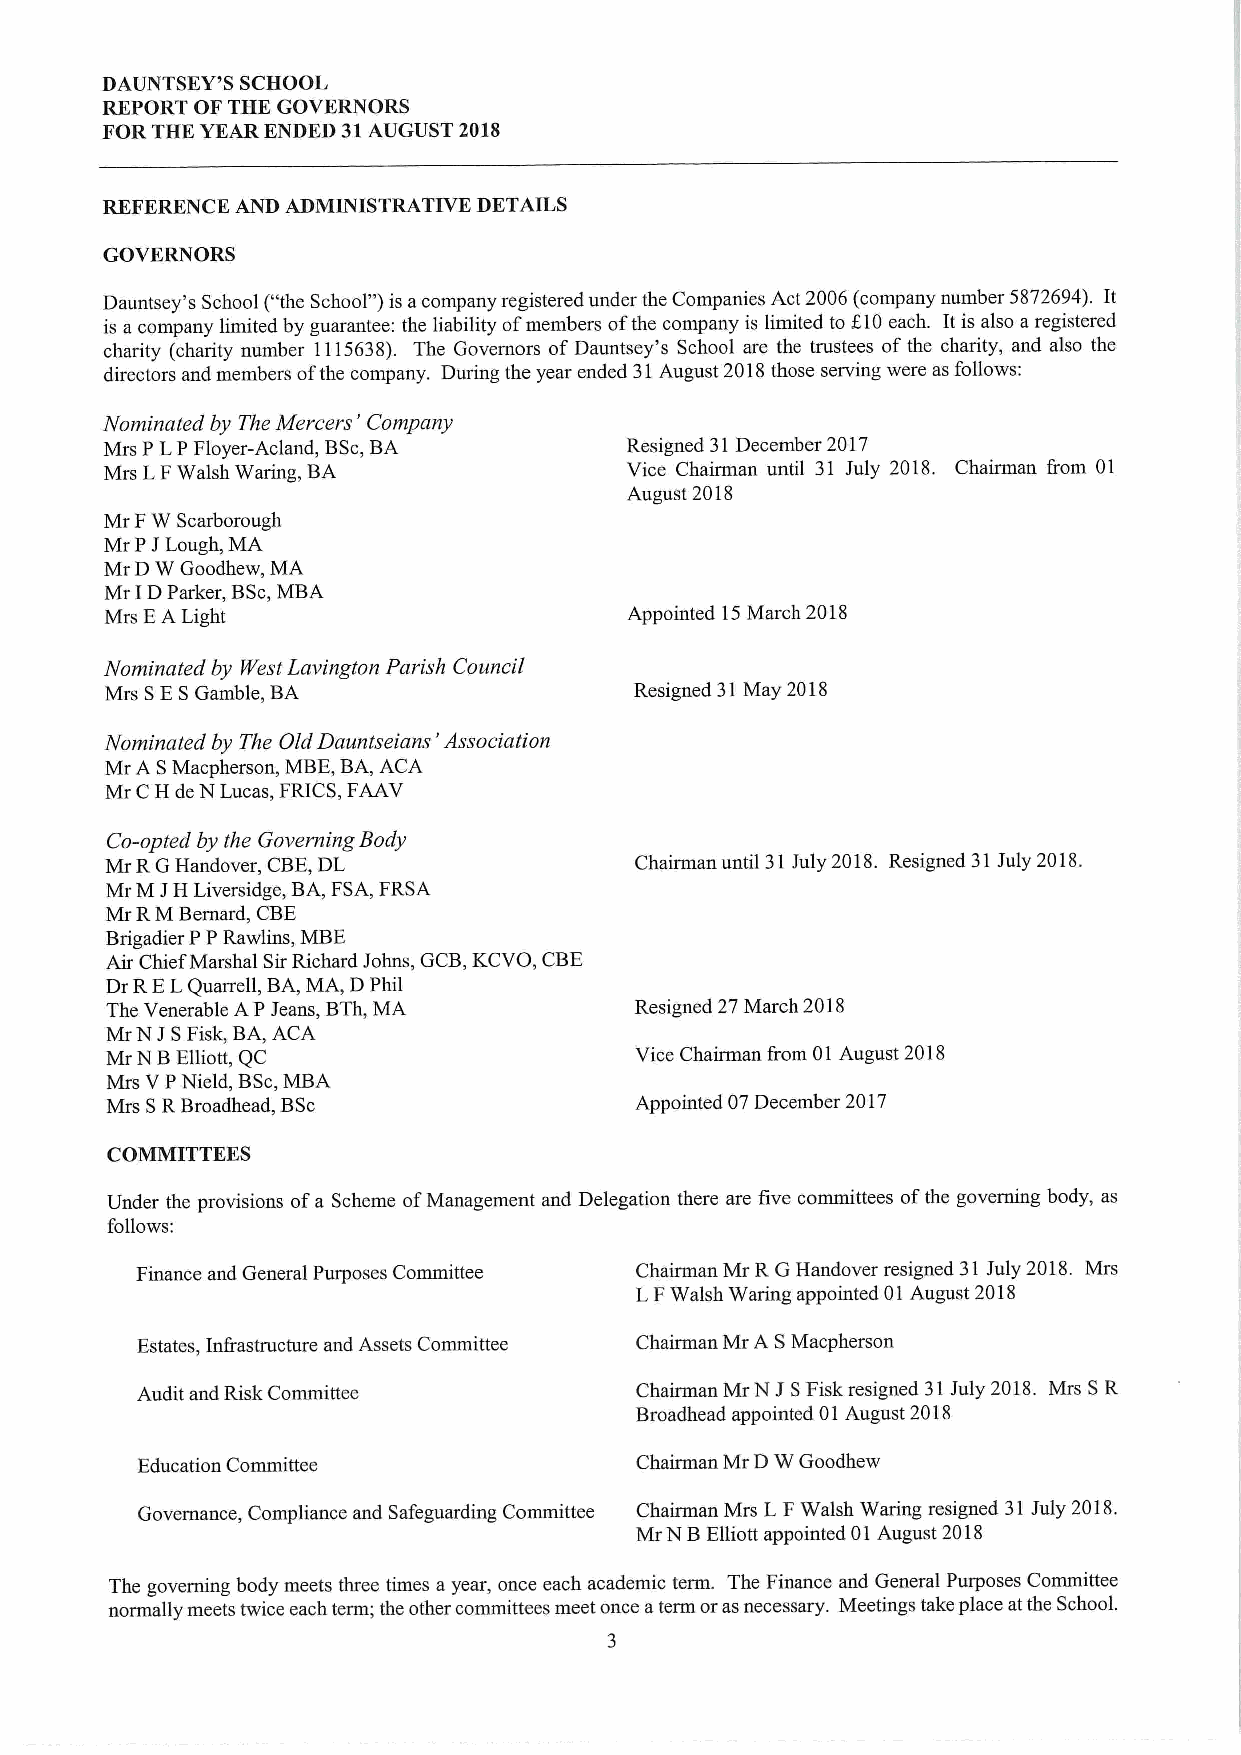
DAUNTSEY'S SCHOOL
 REPORT OF THE GOVERNORS
 FORTHE YEAR ENDED 31AUGUST 2018
 REFERENCE AND ADMINISTRATIVE DETAILS
 GOVERNORS
 Dauntsey's School ("the School")is acompany registered under the Companies Act 2006(company number 5872694). It
 is acompany limited by guarantee: the liability ofmembers ofthe company is limited to f10each. Itis also aregistered
 charity (charity number 1115638). The Governors ofDauntsey's School are the trustees of the charity, and also the
 directors and members ofthe company. During the year ended 31August 2018those serving were as follows:
 '
 Nominated by The Mercers Company
 Mrs PLP Floyer-Acland, BSc,BA     Resigned 31December 2017
 Mrs LFWalsh Waring, BA            Vice Chairman until 31 July 2018. Chairman from 01
 August 2018
 Mr FW Scarborough
 MrP JLough, MA
 Mr DW Goodhew, MA
 Mr IDParker, BSc,MBA
 Mrs EA Light                      Appointed 15March 2018
 Nominated by 8'est Lavington Parish Council
 Mrs SESGamble, BA                  Resigned 31May 2018
 Nominated by The Old Dauntseians'Association
 Mr A SMacpherson, MBE,BA, ACA
 Mr CH de N Lucas, FRICS,FAAV
 Co-opted by the Governing Body
 Mr RGHandover, CBE,DL              Chairman until 31July 2018. Resigned 31July 2018.
 Mr M JH Liversidge, BA,FSA,FRSA
 Mr RM Bernard, CBE
 Brigadier PPRawlins, MBE
 Air Chief Marshal SirRichard Johns, GCB,KCVO, CBE
 DrRELQuarrell, BA,MA, DPhil
 The Venerable APJeans, BTh,MA      Resigned 27March 2018
 Mr N JSFisk, BA,ACA
 Mr NB Elliott, QC                  Vice Chairman f'rom 01August 2018
 Mrs VPNield, BSc,MBA
 Mrs SRBroadhead, BSc               Appointed 07December 2017
 COMMITTEES
 Under the provisions ofa Scheme ofManagement and Delegation there are five committees ofthe governing body, as
 follows:
 Finance and General Purposes Committee Chairman Mr RGHandover resigned 31July 2018. Mrs
 LFWalsh Waring appointed 01August 2018
 Estates, Inlrastructure and Assets Committee Chairman Mr A SMacpherson
 Audit and Risk Committee         Chairman Mr N J SFisk resigned 31July 2018. Mrs SR
 Broadhead appointed 01August 2018
 Education Committee              Chairman Mr DW Goodhew
 Governanc, Compliance and Safeguarding Committee Chairman Mrs LFWalsh Waring resigned 31July 2018.
 Mr N BElliott appointed 01August 2018
 The governing body meets three times ayear, once each academic term. The Finance and General Purposes Committee
 normally meets twice each term; the other committees meet once aterm orasnecessary. Meetings take place atthe SchooL